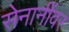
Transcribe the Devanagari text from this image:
सेनानींवर